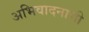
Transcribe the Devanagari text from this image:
अभिवादनाची